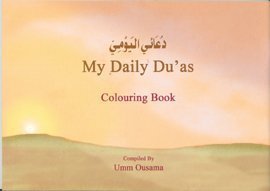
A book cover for My Daily Duahs - Colouring Book 5; Abu Zakariya Yahya ibn Sharaf Nawawi; Religion & Spirituality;